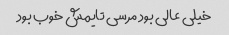
خیلی عالی بود مرسی تایمش خوب بود